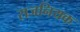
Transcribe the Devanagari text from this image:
राजनियक